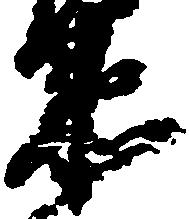
衛